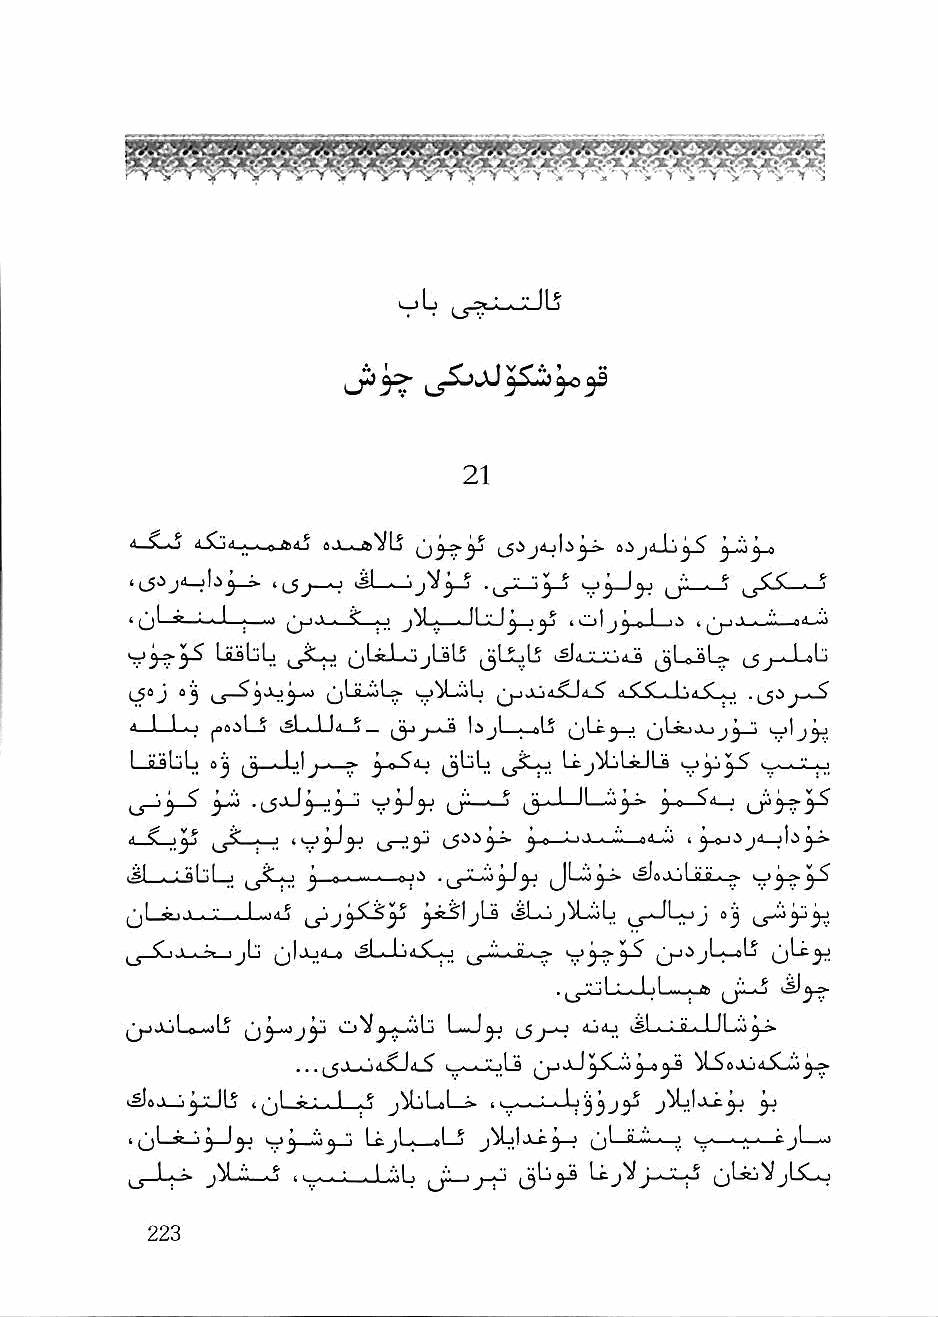
^ ^   ■'■■^ ^Aj fl>>. «iAVLj ^.SjA %I.S^ ^ A \ jA ( 'i J ^ ^ ."^ -
 t ,_5^jd_jij jj_i. n_5^^_o 1^1——jjV j—J     ^
 ' (jl ^ ■ I I .—„; [^j-i.V « ?—o —JLxJ^_j^ i Cj\ ail_iO 1 j^j-i-1-'-m"- 8^-^
 LiibL    ^jUtJ-AjjLsLj jjLLiLj .sIa •■' •; '.A '4 ijLojLv |_gj-J-<L>
 i_5oJ 0^ ,_j_5^Jlj^_») qUL^L^ kj^l—loL |jjjj45Ll4^ ■■ *> ^,-,}.'jA <[ I
 . 1 I ■■  jLJJ^    Jm.AmSt Id^l—<_oLj
 I a al'il ■ Jj ' ^ '} J ' ~ J) i^bLj Lcj^Ls&JLd
 li     ^j'li _.^     ^ 0 *>«!—J
 <i_SL_>^            i_S-^'^^-» jy.o ^i.> » ~ »4,0> I ^_oJi
 ^jsi . af" ( ,-, < J n ' - n '-** • i^Ja. v 'il q o . ^
 > ■ •-' - I ■■•a', ^j^Sis^ ^jtSljLs vsLajj^LioL ^j-JL^j sj
 ^j| Jjil_4 kSL—bli-Sbo ^^■i''i--J----> ^S jjjijb—ab ijLc^
 ij^
 Aj Lo-aU b  Cl> V ^A—liO b LiaiJ ^ djiLj « A g A 1 Ibio^^
 j^aJLj ■ ^jl A : . I A j M '■ I .1 , I _^_J^ j j j ^ ^
 njL.*Ji^_J^                  ? u'—   V—• • • ^ ^
 ^ I A -A. jV •"• • ^ ■ L . . t . 1 ."J, I ^V. » A-J Lkj^^^-AeX-b V jL^bo